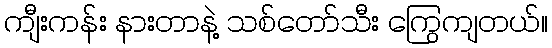
ကျီးကန်း နားတာနဲ့ သစ်တော်သီး ကြွေကျတယ်။